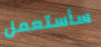
سأستعمل